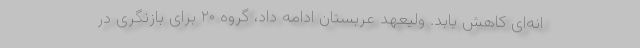
انه‌ای کاهش یابد. ولیعهد عربستان ادامه داد، گروه ۲۰ برای بازنگری در